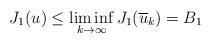
LaTeX: \begin{align*}J_{1}(u)\leq\liminf_{k\rightarrow\infty}J_{1}(\overline{u}_{k})=B_{1}\end{align*}